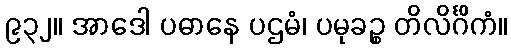
၉၃၂။ အာဒေါ ပဓာနေ ပဌမံ၊ ပမုခဉ္စ တိလိင်္ဂိကံ။